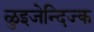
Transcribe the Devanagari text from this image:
ळुइजेन्दिज्क